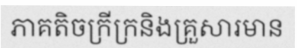
ភាគតិចក្រីក្រនិងគ្រួសារមាន